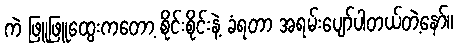
ကဲ ဖြူဖြူထွေးကတော့ စိုင်းစိုင်းနဲ့ ခံရတာ အရမ်းပျော်ပါတယ်တဲ့နော်။